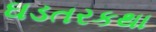
ઘડતરકથા